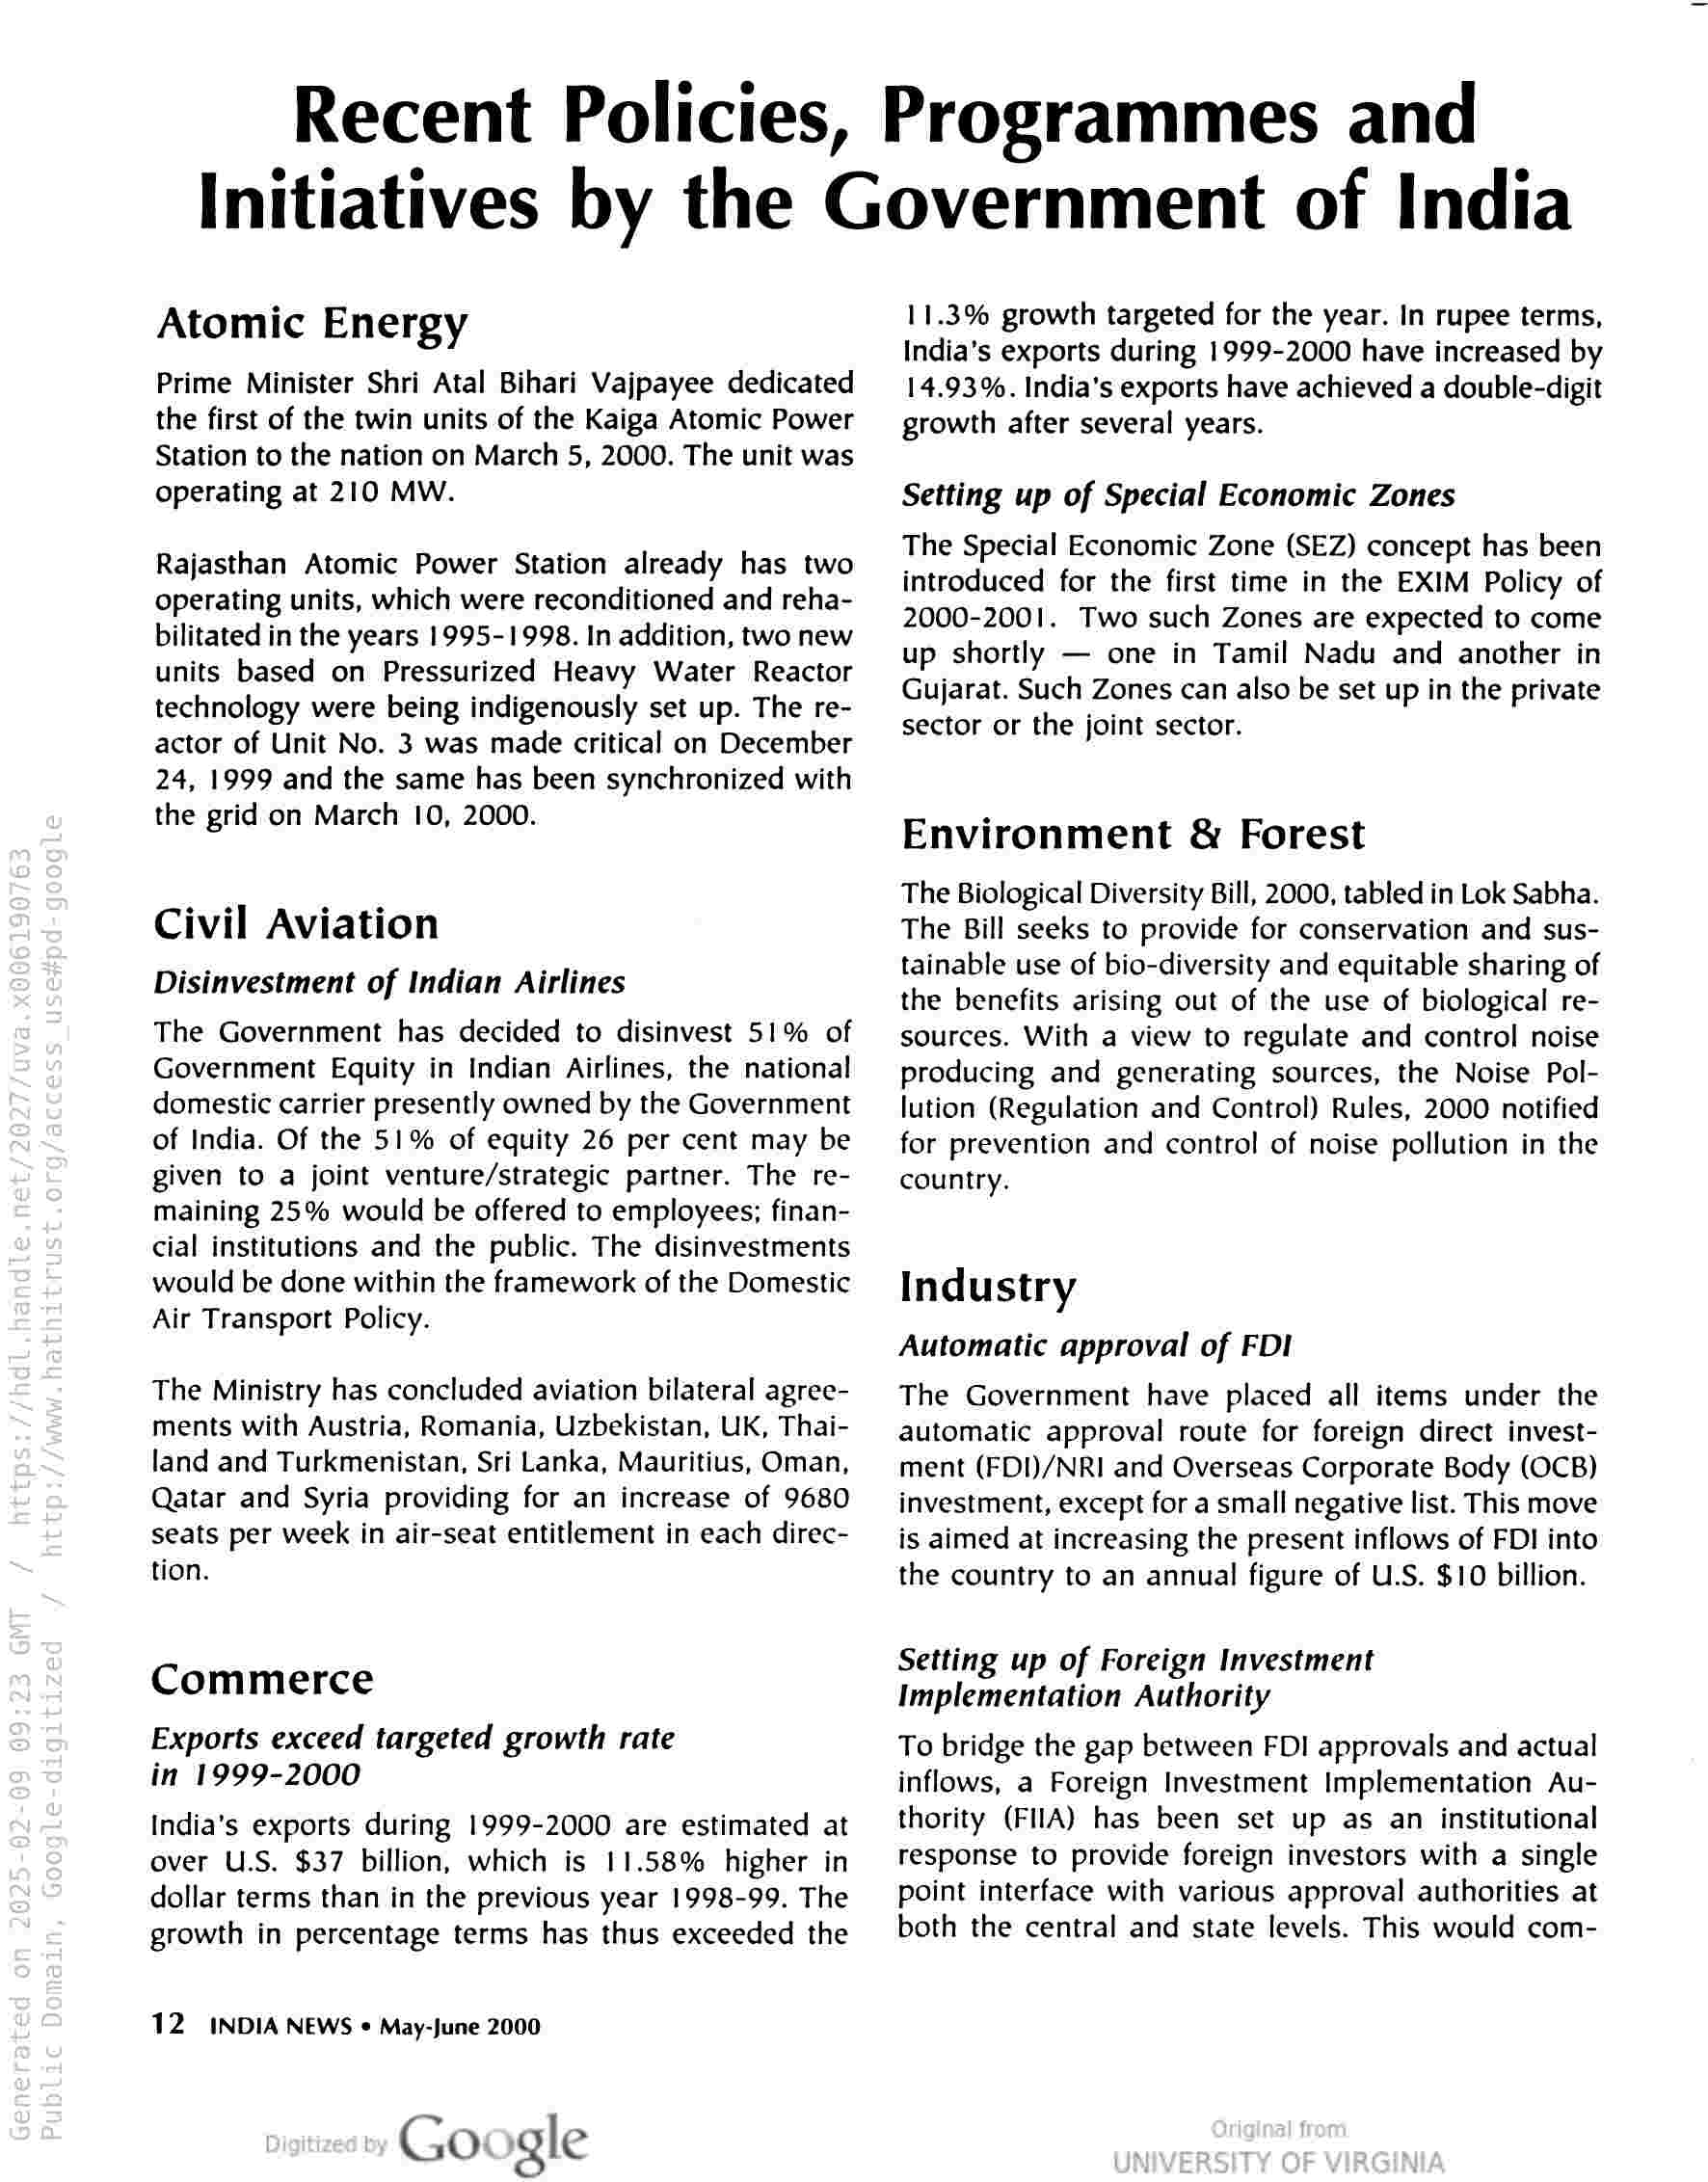
Recent Policies, Programmes and
Initiatives by the Government of India

Atomic Energy

Prime Minister Shri Atal Bihari Vajpayee dedicated
the first of the twin units of the Kaiga Atomic Power
Station to the nation on March 5, 2000. The unit was
operating at 210 MW.

Rajasthan Atomic Power Station already has two
operating units, which were reconditioned and reha-
bilitated in the years 1995-1998. In addition, two new
units based on Pressurized Heavy Water Reactor
technology were being indigenously set up. The re-
actor of Unit No. 3 was made critical on December
24, 1999 and the same has been synchronized with
the grid on March 10, 2000.

Civil Aviation
Disinvestment of Indian Airlines

The Government has decided to disinvest 51% of
Government Equity in Indian Airlines, the national
domestic carrier presently owned by the Government
of India. Of the 51% of equity 26 per cent may be
given to a joint venture/strategic partner. The re-
maining 25% would be offered to employees; finan-
cial institutions and the public. The disinvestments
would be done within the framework of the Domestic
Air Transport Policy.

The Ministry has concluded aviation bilateral agree-
ments with Austria, Romania, Uzbekistan, UK, Thai-
land and Turkmenistan, Sri Lanka, Mauritius, Oman,
Qatar and Syria providing for an increase of 9680
seats per week in air-seat entitlement in each direc-
tion.

Commerce

Exports exceed targeted growth rate
in 1999-2000

India's exports during 1999-2000 are estimated at
over U.S. $37 billion, which is 11.58% higher in
dollar terms than in the previous year 1998-99. The
growth in percentage terms has thus exceeded the

12 INDIA NEWS « May-June 2000

Google

11.3% growth targeted for the year. In rupee terms,
India’s exports during 1999-2000 have increased by
14.93%. India’s exports have achieved a double-digit
growth after several years.

Setting up of Special Economic Zones

The Special Economic Zone (SEZ) concept has been
introduced for the first time in the EXIM Policy of
2000-2001. Two such Zones are expected to come
up shortly — one in Tamil Nadu and another in
Gujarat. Such Zones can also be set up in the private
sector or the joint sector.

Environment & Forest

The Biological Diversity Bill, 2000, tabled in Lok Sabha.
The Bill seeks to provide for conservation and sus-
tainable use of bio-diversity and equitable sharing of
the benefits arising out of the use of biological re-
sources. With a view to regulate and control noise
producing and generating sources, the Noise Pol-
lution (Regulation and Control) Rules, 2000 notified
for prevention and control of noise pollution in the
country.

Industry

Automatic approval of FDI

The Government have placed all items under the
automatic approval route for foreign direct invest-
ment (FDI)/NRI and Overseas Corporate Body (OCB)
investment, except for a small negative list. This move
is aimed at increasing the present inflows of FDI into
the country to an annual figure of U.S. $10 billion.

Setting up of Foreign Investment
Implementation Authority

To bridge the gap between FDI approvals and actual
inflows, a Foreign Investment Implementation Au-
thority (FIIA) has been set up as an institutional
response to provide foreign investors with a single
point interface with various approval authorities at
both the central and state levels. This would com-